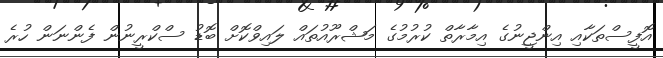
އޮފީސްތަކާއި އިންޖީނުގެ އިމާރާތް ކުރުމުގެ މަޝްރޫއުތައް ލައިވްކޮށް ބޮޑު ސްކްރީނުން ފެންނަން ހުރެ